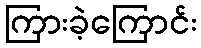
ကြားခဲ့ကြောင်း